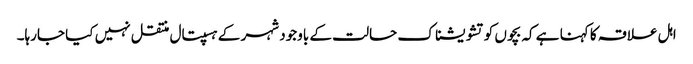
اہل علاقہ کا کہنا ہے کہ بچوں کو تشویشناک حالت کے باوجود شہر کے ہسپتال منتقل نہیں کیا جارہا۔